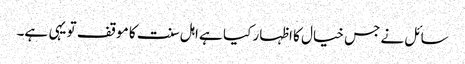
سائل نے جس خیال کا اظہار کیا ہے اہل سنت کا موقف تو یہی ہے۔